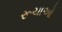
રૂચાઓ